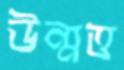
উন্মত্ত